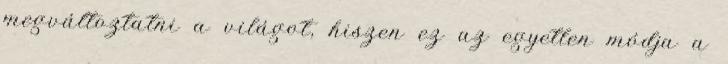
megváltoztatni a világot, hiszen ez az egyetlen módja a